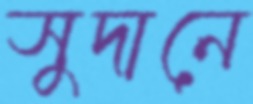
সুদানে